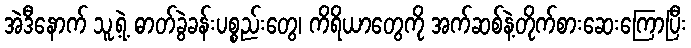
အဲဒီနောက် သူ့ရဲ့ ဓာတ်ခွဲခန်းပစ္စည်းတွေ၊ ကိရိယာတွေကို အက်ဆစ်နဲ့တိုက်စားဆေးကြောပြီး